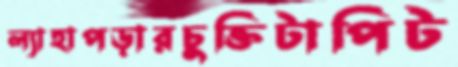
ল্যাহাপড়ারচুক্তিটাপিট